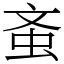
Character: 蚉